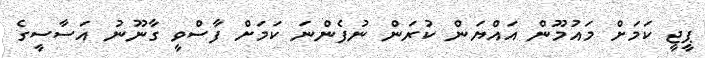
ޕީޖީ ކަމަށް މައުމޫން އައްޔަން ކުރަން ނުފެންނަ ކަމަށް ފާސްވީ ގާނޫނު އަސާސީގެ